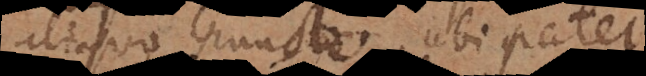
aliquo puncto. Ubi patet